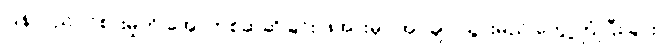
ပြန်လည်ဝင်စားမှုကို အော်ဟစ်ဆဲဆိုခြင်း ဖိအားမှာ အုပ်ချုပ်သွားမည် တွေ့ကြုံပြီးခြင်း